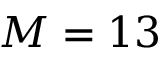
M = 1 3